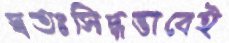
স্বতঃসিদ্ধভাবেই